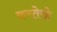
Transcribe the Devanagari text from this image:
करतेरहे